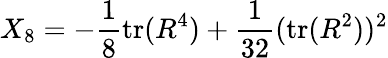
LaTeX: X_{8}=-\frac{1}{8}\mathrm{tr}(R^{4})+\frac{1}{32}(\mathrm{tr}(R^{2}))^{2}